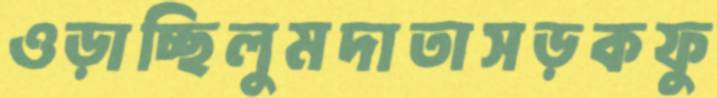
ওড়াচ্ছিলুমদাতাসড়কফু